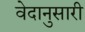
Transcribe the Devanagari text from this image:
वेदानुसारी